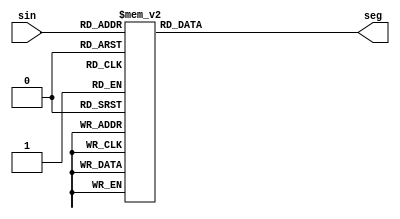

module segment(
sin,
seg
);

input wire [3:0] sin;
output reg [7:0] seg;

always @(*)
begin
case (sin)

4'b0000 : #1 seg = 8'b11111100;
4'b0001 : #1 seg = 8'b01100000;
4'b0010 : #1 seg = 8'b11011010;
4'b0011 : #1 seg = 8'b11110010;
4'b0100 : #1 seg = 8'b01100110;
4'b0101 : #1 seg = 8'b10110110;
4'b0110 : #1 seg = 8'b10111110;
4'b0111 : #1 seg = 8'b11100000;
4'b1000 : #1 seg = 8'b11111110;
4'b1001 : #1 seg = 8'b11110110;

4'b1010 : #1 seg = 8'b11111100;
4'b1011 : #1 seg = 8'b01100000;
4'b1100 : #1 seg = 8'b11011010;
4'b1101 : #1 seg = 8'b11110010;
4'b1110 : #1 seg = 8'b01100110;
4'b1111 : #1 seg = 8'b10110110;

default : #1 seg = 8'b00000000;

endcase

end

endmodule